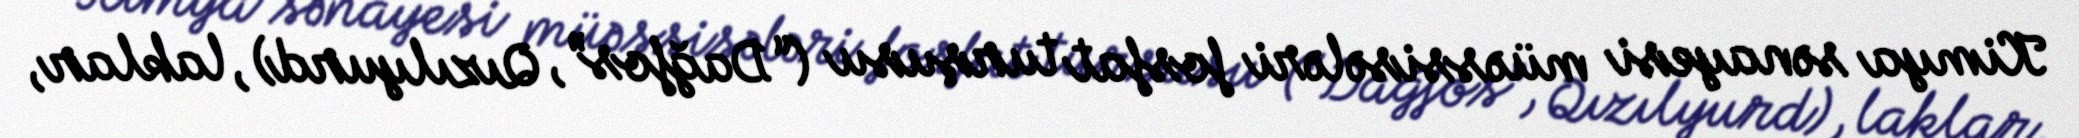
Kimya sənayesi müəssisələri fosfat turşusu (“Dağfos”, Qızılyurd), laklar,